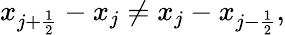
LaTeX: x_{j+\frac{1}{2}}-x_{j}\ne x_{j}-x_{j-\frac{1}{2}},